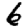
Digit: 6